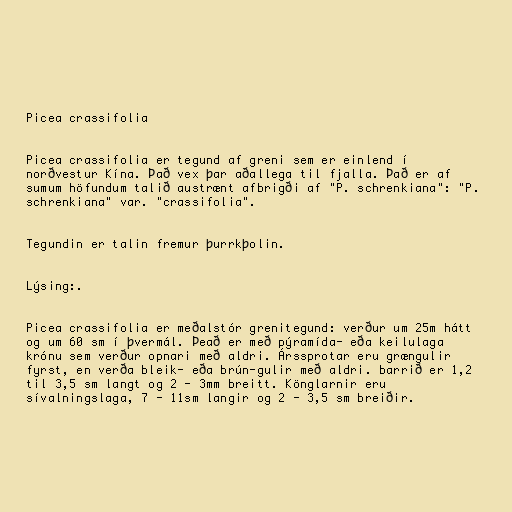
Picea crassifolia

Picea crassifolia er tegund af greni sem er einlend í
norðvestur Kína. Það vex þar aðallega til fjalla. Það er af
sumum höfundum talið austrænt afbrigði af "P. schrenkiana": "P.
schrenkiana" var. "crassifolia".

Tegundin er talin fremur þurrkþolin.

Lýsing:.

Picea crassifolia er meðalstór grenitegund: verður um 25m hátt
og um 60 sm í þvermál. Þeað er með pýramída- eða keilulaga
krónu sem verður opnari með aldri. Árssprotar eru grængulir
fyrst, en verða bleik- eða brún-gulir með aldri. barrið er 1,2
til 3,5 sm langt og 2 - 3mm breitt. Könglarnir eru
sívalningslaga, 7 - 11sm langir og 2 - 3,5 sm breiðir.